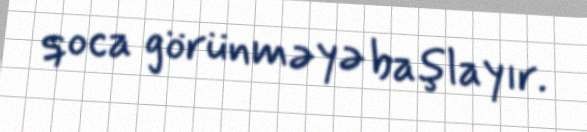
qoca görünməyə başlayır.